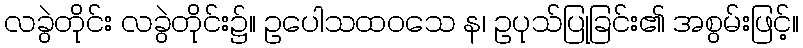
လခွဲတိုင်း လခွဲတိုင်း၌။ ဥပေါသထဝသေ န၊ ဥပုသ်ပြုခြင်း၏ အစွမ်းဖြင့်။